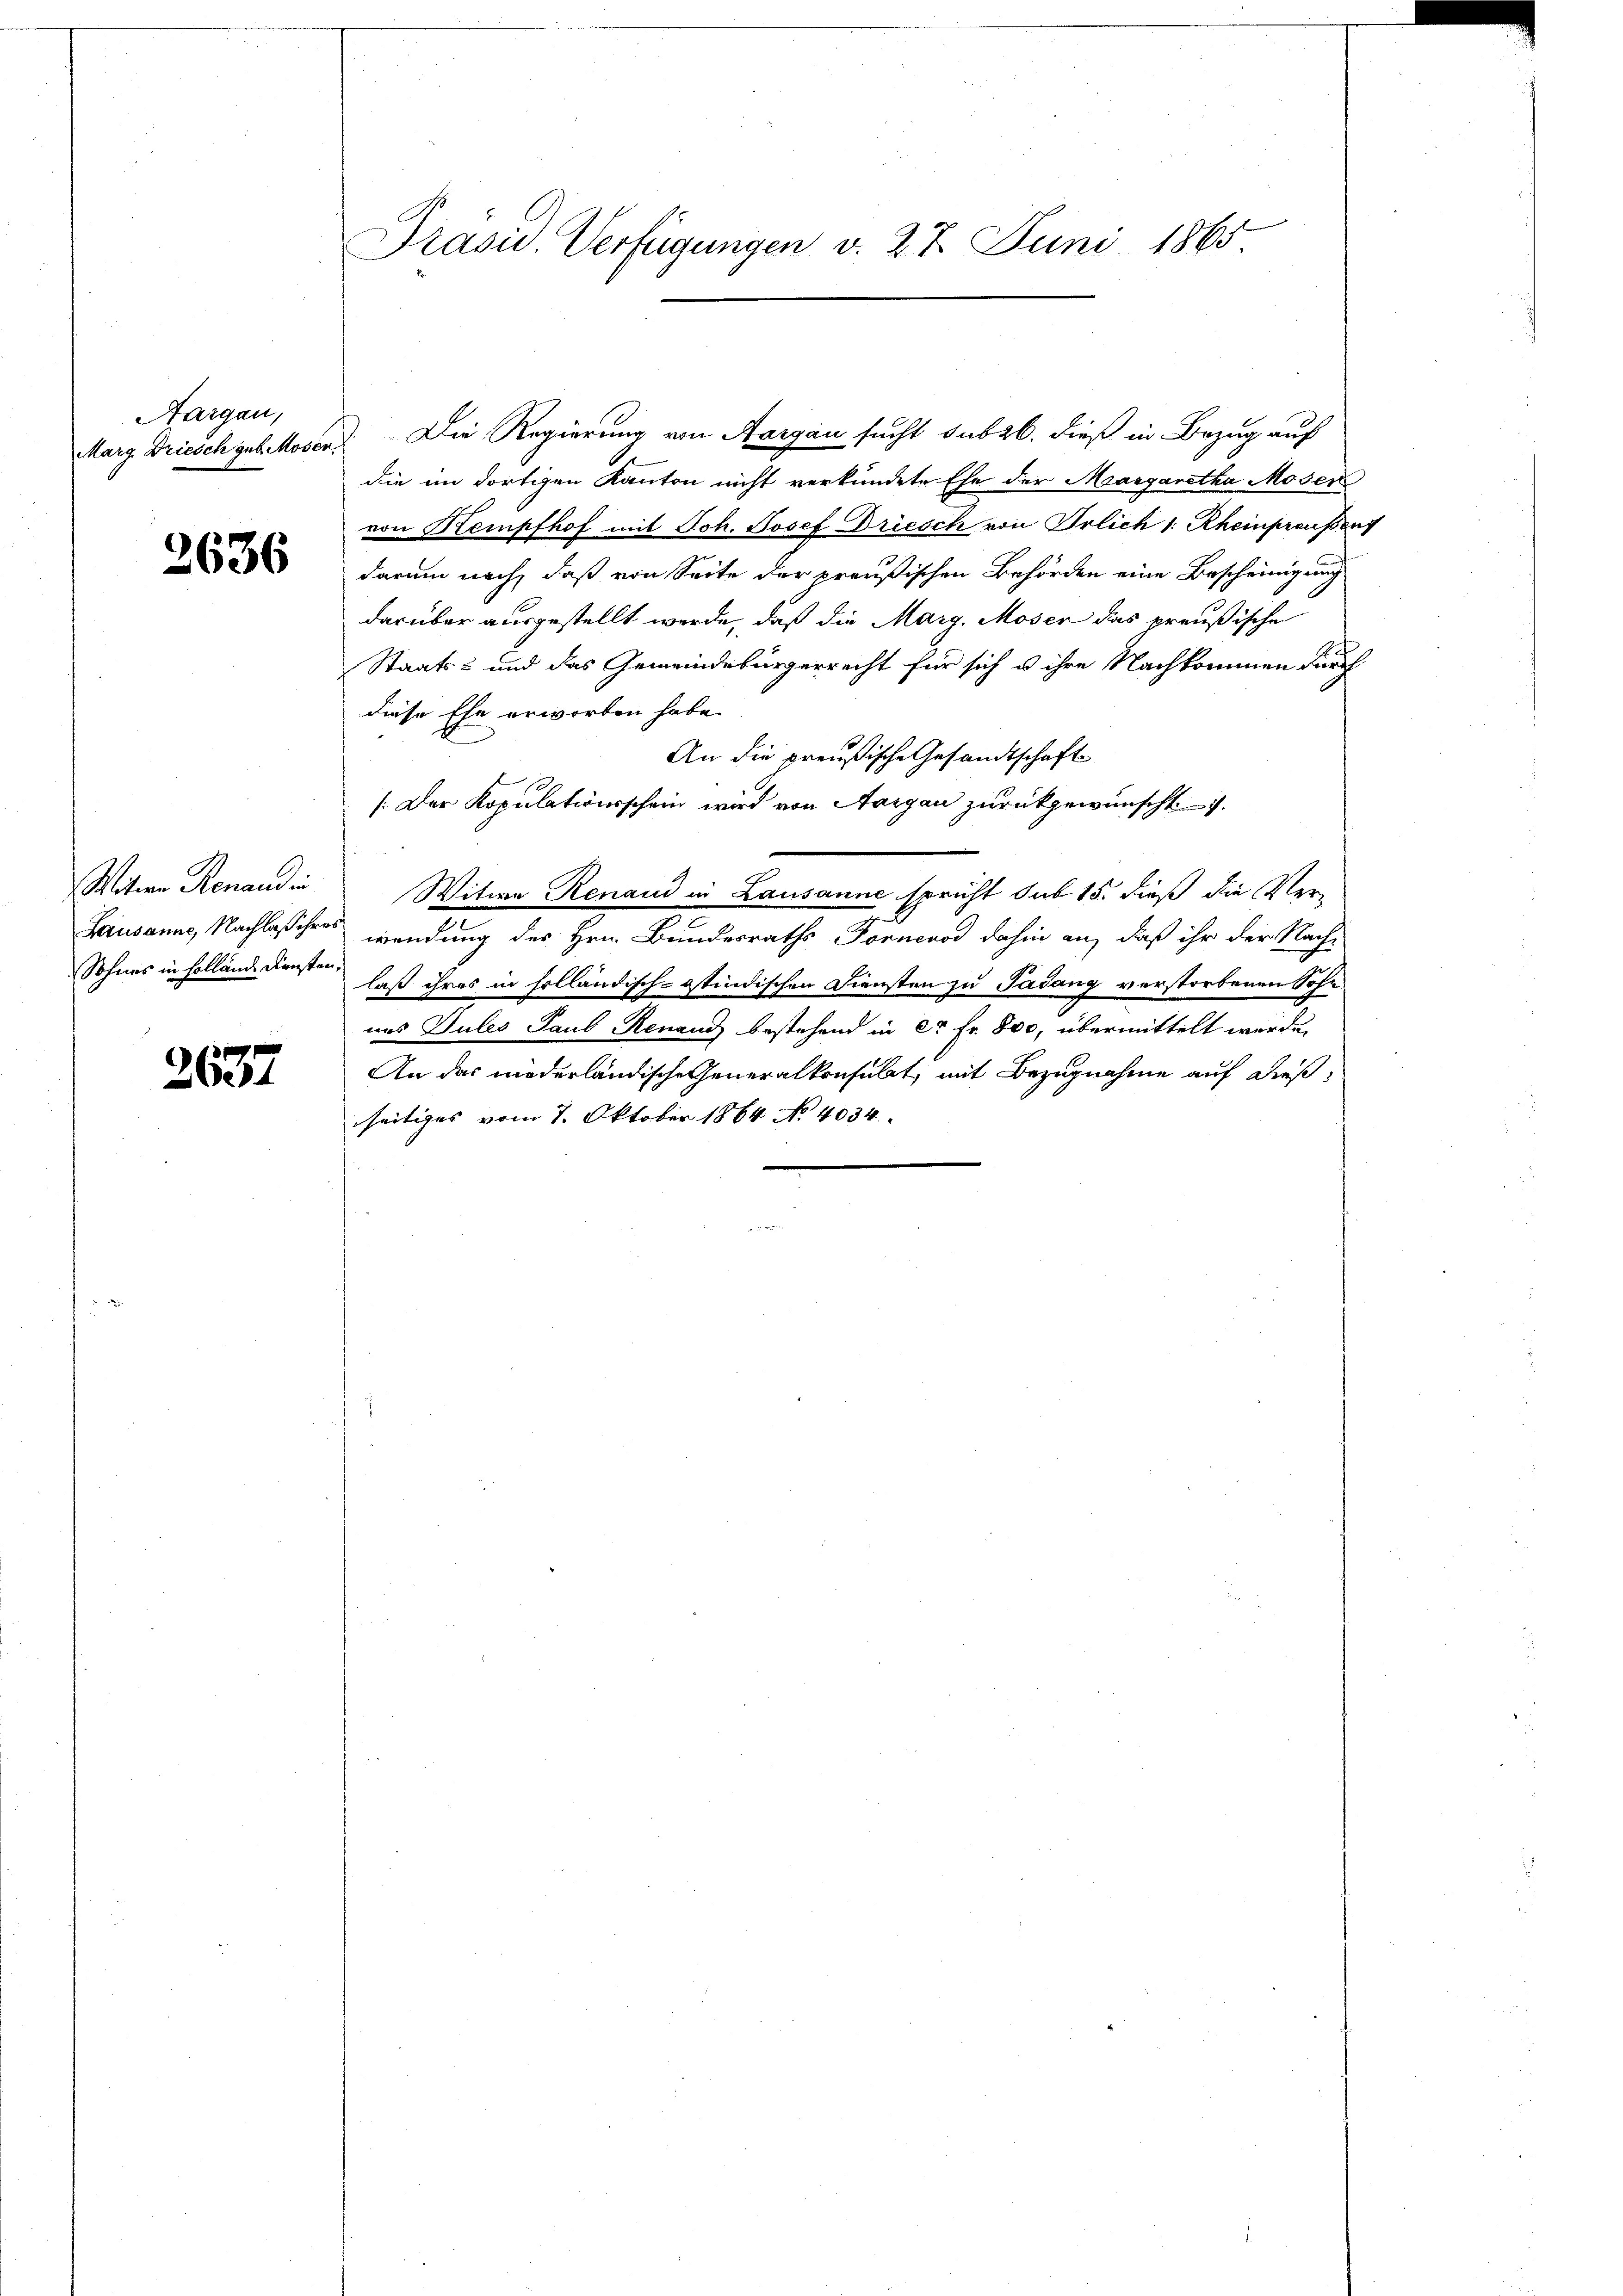
Aargau,
Marg Driesch geb. Moser.

2636

Witwe Renand in
Lausanne, Nachlaß ihre
Sohnes in Hollände Diensten.

2637

Präsid. Verfügungen v. 27. Juni 1865

Die Regierung von Aargau sucht sub 26. dieß in Bezug auf
die im dortigen Kanton nicht verkündete Ehe der Maargaretha Moser
von Kempfhof mit Joh. Josef Driesch von Orlich 1. Rheinpreußert
darum nach, daß von Seite der preußischen Behörden eine Bescheinigung
darüber ausgestellt werde, daß die Marg, Moser das preußische
Staats- und das Gemeindebürgerrecht für sich u ihre Nachkommen durch
diese Ehe erworben habe.
An die preußische Gesandtschaft
[: Der Kopulationsschein wird von Aargau zurückgewünscht. – 7.
Witwe Renaud in Lausanne spricht sub 15. dieß die Ver-
wendung des Hrn. Bundesraths Fornerod dahin an, daß ihr der Nach-
laß ihres in solländisch-östindischen Diensten zu Padung verstorbenen Sohn
ans Tules Paul Renaud bestehend in ca Fr. 800, übermittelt werde.
An das niederländische Generalkonsulat, mit Bezugnahme auf dießseitiges vom 7. Oktober 1864 No 4034